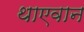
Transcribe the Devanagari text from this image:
थाएवान